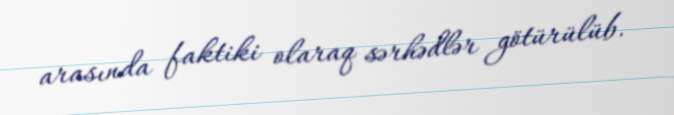
arasında faktiki olaraq sərhədlər götürülüb.